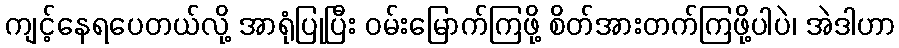
ကျင့်နေရပေတယ်လို့ အာရုံပြုပြီး ဝမ်းမြောက်ကြဖို့ စိတ်အားတက်ကြဖို့ပါပဲ၊ အဲဒါဟာ